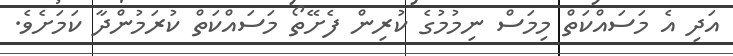
އަދި އެ މަސައްކަތް މިމަސް ނިމުމުގެ ކުރިން ފެށޭތޯ މަސައްކަތް ކުރަމުންދާ ކަމަށެވެ.